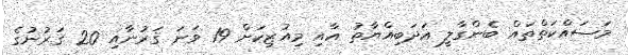
މަސައްކަތްތައް ބެންގާލީ އަދަބިއްޔާތު އާއި މިއުޒިކަށް 19 ވަނަ ޤަރުނާއި 20 ޤަރުނުގެ